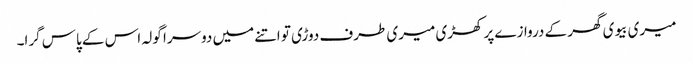
میری بیوی گھر کے دروازے پر کھڑی میری طرف دوڑی تو اتنے میں دوسرا گولہ اس کے پاس گرا۔